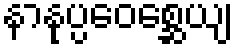
နာနုပ္ပဝေစ္ဆေယျ